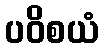
ပဝိစယံ